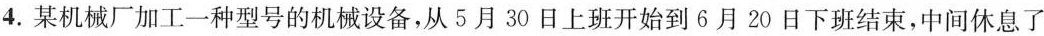
4.某机械厂加工一种型号的机械设备，从5月30日上班开始到6月20日下班结束，中间休息了